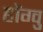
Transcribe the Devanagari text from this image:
होंग्वु